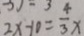
2 x - 1 0 = \frac { 4 } { 3 } x